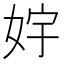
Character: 𱙓